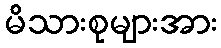
မိသားစုများအား